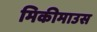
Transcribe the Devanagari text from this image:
मिकीमाउस